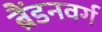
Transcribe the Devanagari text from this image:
ब्रैंडनवर्ग